Report of an investigation of the epidemic of malarial fever in Assam, or, kala-azar
Disease focus: Malaria
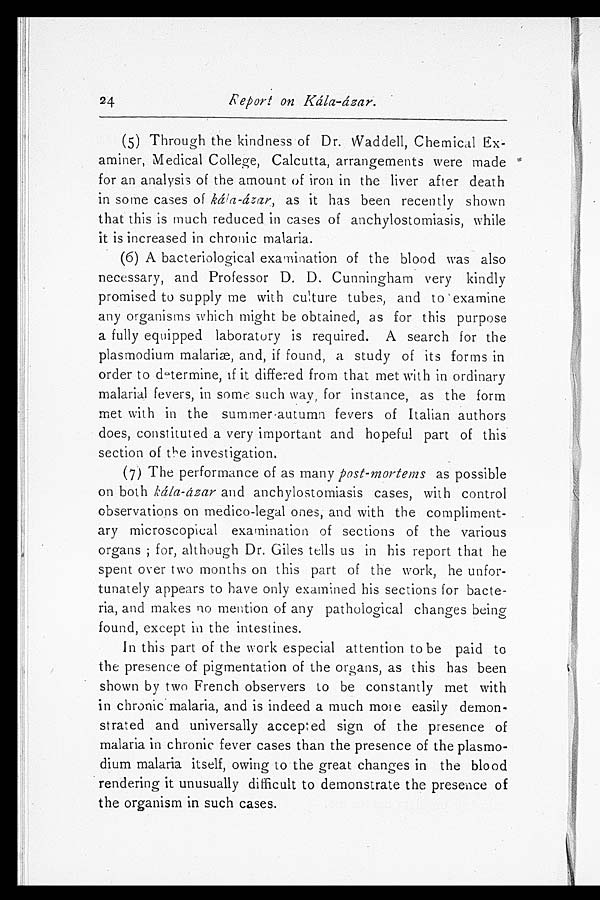
Report on Kála-ázar.
(5)Through the kindness of Dr. Waddell, Chemical Ex-
aminer, Medical College, Calcutta, arrangements were made
for an analysis of the amount of iron in the liver after death
in some cases of ká/a-ázar, as it has been recently shown
that this is much reduced in cases of anchylostomiasis, while
it is increased in chronic malaria.
(1) A bacteriological examination of the blood was also
necessary, and Professor D. D. Cunningham very kindly
promised to supply me with culture tubes, and to examine
any organisms which might be obtained, as for this purpose
a fully equipped laboratory is required. A search for the
plasmodium malariæ, and, if found, a study of its forms in
order to determine, if it differed from that met with in ordinary
malarial fevers, in some. such way, for instance, as the form
met with in the summer-autumn fevers of Italian authors
does, constituted a very important and hopeful part of this
section of the investigation.
(2) The performance of as many post-mortems as possible
on both kála-ázar and anchylostomiasis cases, with control
observations on medico-legal ones, and with the compliment-
ary microscopical examination of sections of the various
organs ; for, although Dr. Giles tells us in his report that he
spent over two months on this part of the work, he unfor-
tunately appears to have only examined his sections for bacte-
ria, and makes no mention of any pathological changes being
found, except in the intestines.
In this part of the work especial attention to be paid to
the presence of pigmentation of the organs, as this has been
shown by two French observers to be constantly met with
in chronic malaria, and is indeed a much more easily demon-
strated and universally accepted sign of the presence of
malaria in chronic fever cases than the presence of the plasmo-
dium malaria itself, owing to the great changes in the blood
rendering it unusually difficult to demonstrate the presence of
the organism in such cases.
24